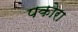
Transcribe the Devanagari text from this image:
पकोरा